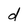
Character: d